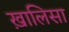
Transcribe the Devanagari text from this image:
ख़ालिसा